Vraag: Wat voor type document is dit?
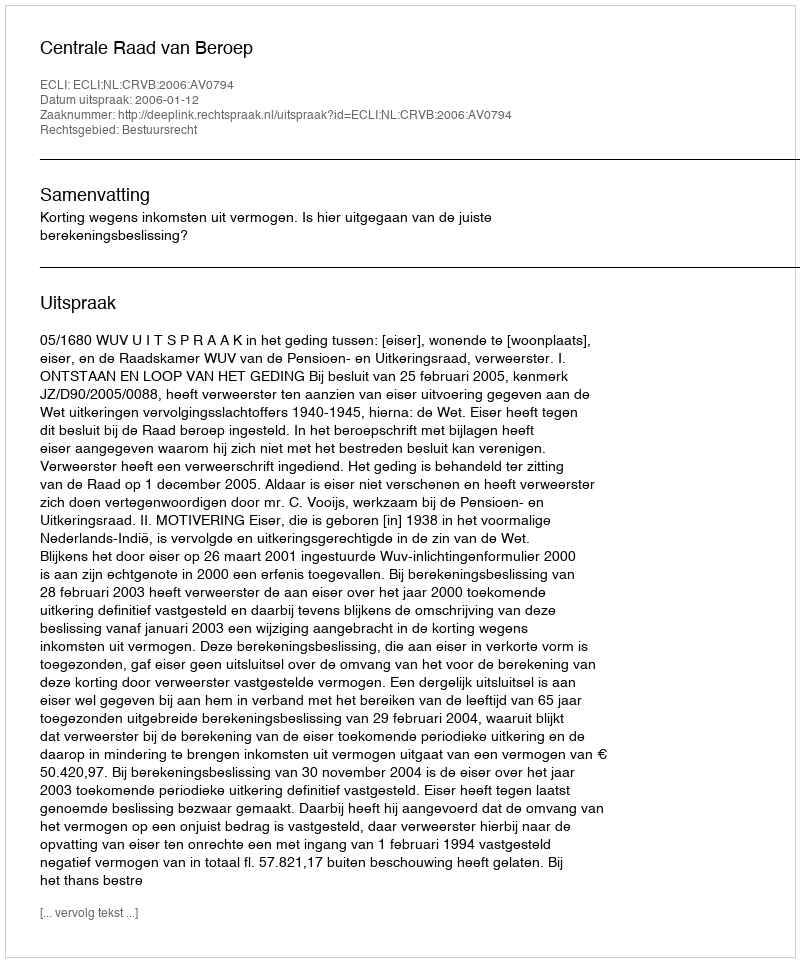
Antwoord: Uitspraak